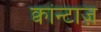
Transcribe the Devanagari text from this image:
क्वांन्टाज़